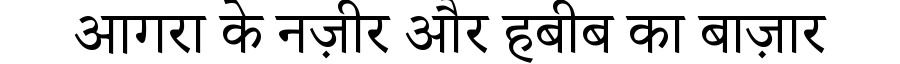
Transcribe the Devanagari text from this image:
आगरा के नज़ीर और हबीब का बाज़ार